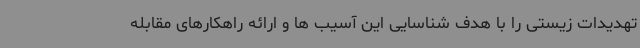
تهدیدات زیستی را با هدف شناسایی این آسیب ها و ارائه راهکارهای مقابله